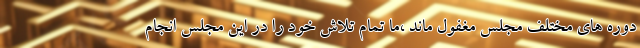
دوره های مختلف مجلس مغفول ماند ،ما تمام تلاش خود را در این مجلس انجام